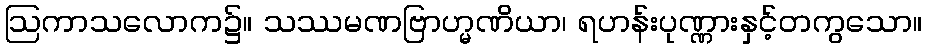
ဩကာသလောက၌။ သဿမဏဗြာဟ္မဏိယာ၊ ရဟန်းပုဏ္ဏားနှင့်တကွသော။